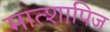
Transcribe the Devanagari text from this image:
मात्शापिज